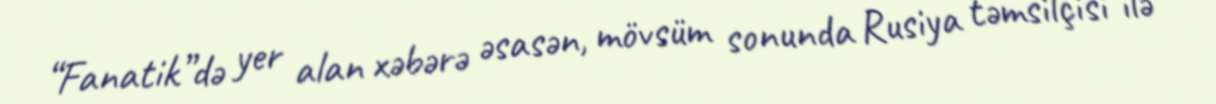
“Fanatik”də yer alan xəbərə əsasən, mövsüm sonunda Rusiya təmsilçisi ilə